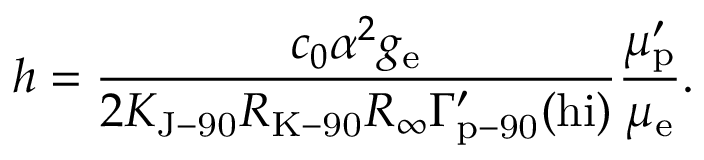
h = { \frac { c _ { 0 } \alpha ^ { 2 } g _ { \mathrm { { e } } } } { 2 K _ { \mathrm { { J - 9 0 } } } R _ { \mathrm { { K - 9 0 } } } R _ { \infty } \Gamma _ { \mathrm { { p - 9 0 } } } ^ { \prime } ( \mathrm { { h i } } ) } } { \frac { \mu _ { \mathrm { { p } } } ^ { \prime } } { \mu _ { \mathrm { { e } } } } } .